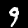
Label: 9